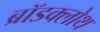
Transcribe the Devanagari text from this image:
ब्रॉडक्लोथ